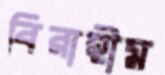
বিরাহীম